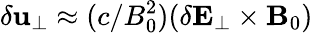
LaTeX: \delta\mathbf{u}_{\perp}\approx(c/B_{0}^{2})(\delta\mathbf{E}_{\perp}\times\mathbf{B}_{0})